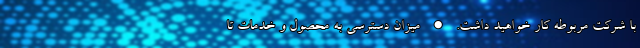
با شرکت مربوطه کار خواهید داشت. • میزان دسترسی به محصول و خدمات تا